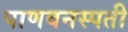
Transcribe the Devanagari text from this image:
पाणवनस्पती